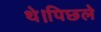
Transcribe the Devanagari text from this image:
थे।पिछले